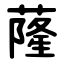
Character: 蕯